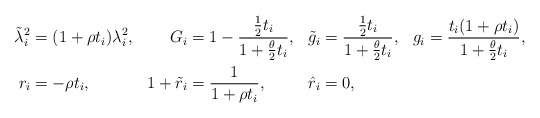
\begin{align*}\tilde{\lambda}_i^2 &= (1+\rho t_i) \lambda_i^2, & G_i &= 1 - \frac{\frac{1}{2}t_i}{1 + \frac{\theta}{2}t_i}, &\tilde{g}_i &= \frac{\frac{1}{2}t_i}{1 + \frac{\theta}{2}t_i}, & g_i &= \frac{t_i (1 + \rho t_i)}{1 + \frac{\theta}{2}t_i}, \\r_i &= -\rho t_i, & 1 + \tilde{r}_i &= \frac{1}{1 + \rho t_i}, & \hat{r}_i &= 0,\end{align*}